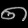
Digit: ၈